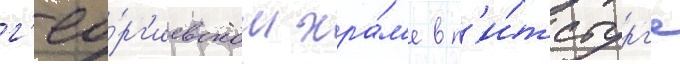
г'ео́рг'иевском хра́м'е в п'и́тсбург'е